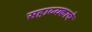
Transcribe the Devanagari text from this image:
सहाय्यकाचे